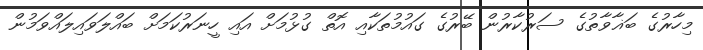
މިހާރުގެ ބަޣާވާތުގެ ސަރުކާރުން ބޭރުގެ ގައުމުތަކާއި އޮތް ގުޅުމަށް އައި ހީނަރުކަމަށް ބައްލަވައިލައްވަމުން